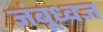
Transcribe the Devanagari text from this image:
जंबूध्वज